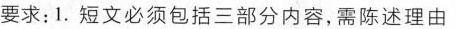
要求:1.短文必须包括三部分内容,需陈述理由